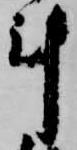
計